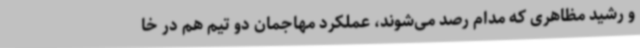
و رشید مظاهری که مدام رصد می‌شوند، عملکرد مهاجمان دو تیم هم در خا